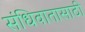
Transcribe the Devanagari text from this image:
संधिवातासाठी